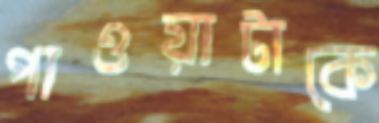
পাওয়াটাকে